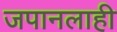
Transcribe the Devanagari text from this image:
जपानलाही